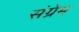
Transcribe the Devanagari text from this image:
संग्रेम